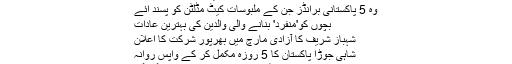
سید سبط حسان رضوی
وہ 5 پاکستانی برانڈز جن کے ملبوسات کیٹ مڈلٹن کو پسند آئے
بچوں کو'منفرد' بنانے والی والدین کی بہترین عادات
شہباز شریف کا آزادی مارچ میں بھرپور شرکت کا اعلان
شاہی جوڑا پاکستان کا 5 روزہ مکمل کر کے واپس روانہ
پیپلز پارٹی کا ’کھمبا‘ نتیجے کے دن گر گیا